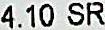
4.10 SR